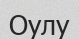
Оулу